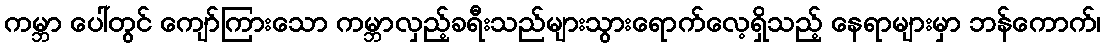
ကမ္ဘာ ပေါ်တွင် ကျော်ကြားသော ကမ္ဘာလှည့်ခရီးသည်များသွားရောက်လေ့ရှိသည့် နေရာများမှာ ဘန်ကောက်၊